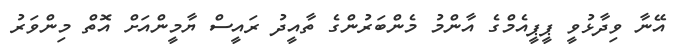
އޭނާ ވިދާޅުވީ ޕީޕީއެމްގެ އާންމު މެންބަރުންގެ ތާއީދު ރައީސް ޔާމީންއަށް އޮތް މިންވަރު